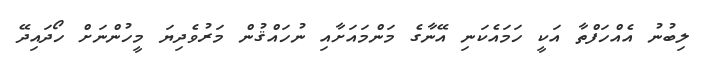
ލިބުނު އެއްހަފްތާ އަކީ ހަމައެކަނި އޭނާގެ މަންމައަށާއި ނުހައްޤުން މަރުވެދިޔަ މީހުންނަށް ހޯދައިދޭ